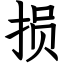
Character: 损